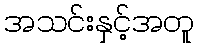
အသင်းနှင့်အတူ